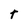
Character: t